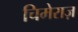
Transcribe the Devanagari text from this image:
चिमेराज़